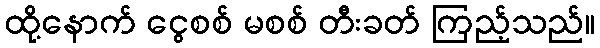
ထို့နောက် ငွေစစ် မစစ် တီးခတ် ကြည့်သည်။